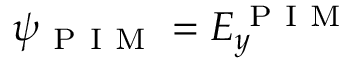
\psi _ { \mathrm { ~ P ~ I ~ M ~ } } = E _ { y } ^ { \mathrm { ~ P ~ I ~ M ~ } }